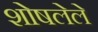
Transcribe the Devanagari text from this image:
शोषलेले